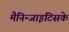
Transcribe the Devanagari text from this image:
मैनिन्जाइटिसके